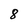
Character: 8